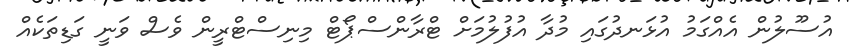
އުސޫލުން އެއްގަމު އުޅަނދުގައި މުދާ އުފުލުމަށް ޓްރާންސްޕޯޓް މިނިސްޓްރީން ވެސް ވަނީ ގަޑިތަކެއް